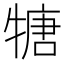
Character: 𤚫